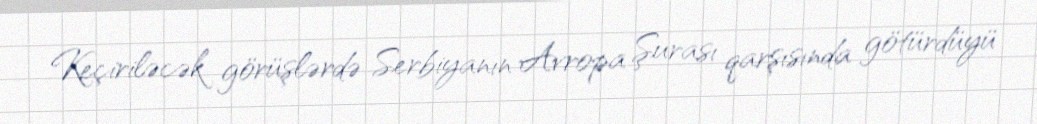
Keçiriləcək görüşlərdə Serbiyanın Avropa Şurası qarşısında götürdüyü